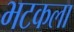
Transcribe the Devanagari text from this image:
भटकला